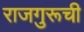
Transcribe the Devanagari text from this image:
राजगुरूची